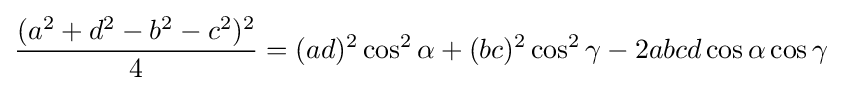
{\frac {(a^{2}+d^{2}-b^{2}-c^{2})^{2}}{4}}=(ad)^{2}\cos ^{2}\alpha +(bc)^{2}\cos ^{2}\gamma -2abcd\cos \alpha \cos \gamma